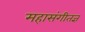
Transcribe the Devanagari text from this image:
महासंगीतज्ञ